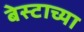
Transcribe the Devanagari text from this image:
बेस्टाच्या